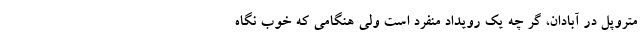
متروپل در آبادان، گر چه یک رویداد منفرد است ولی هنگامی که خوب نگاه